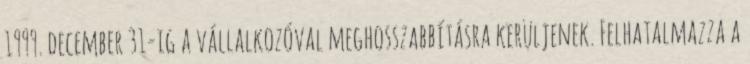
1999. december 31-ig a vállalkozóval meghosszabbításra kerüljenek. Felhatalmazza a